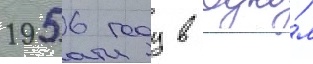
1956 году в одно́м